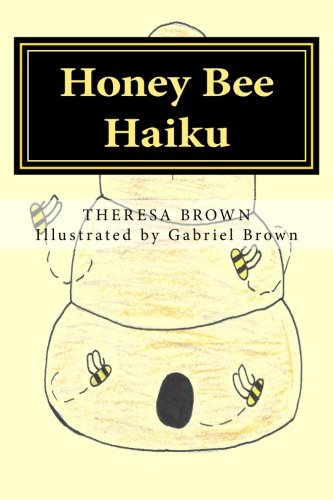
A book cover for Honey Bee Haiku; Theresa Brown; Literature & Fiction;